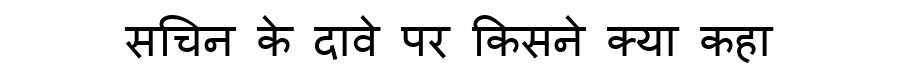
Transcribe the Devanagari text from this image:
सचिन के दावे पर किसने क्या कहा